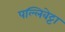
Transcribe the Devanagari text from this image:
पल्लिवेट्टा